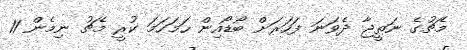
މެޗުގެ ނަތީޖާ ދެވަނަ ފަހަރަށް ބޯޑޯއިން ހަމަހަމަ ކުރީ މެޗު ނިމެން 11